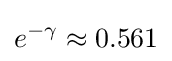
e^{-\gamma }\approx 0.561